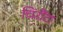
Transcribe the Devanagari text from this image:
चिरौंटा